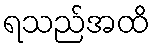
ရသည်အထိ